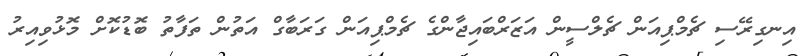
އިނގިރޭސި ޗެމްޕިއަން ޗެލްސީން އަޒަރްބައިޖާންގެ ޗެމްޕިއަން ގަރަބާގް އަތުން ތަފާތު ބޮޑުކޮށް މޮޅުވިއިރު